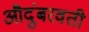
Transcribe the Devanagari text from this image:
औदुंबरवती